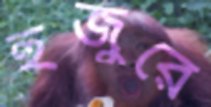
হুজুরে